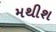
મથીશ